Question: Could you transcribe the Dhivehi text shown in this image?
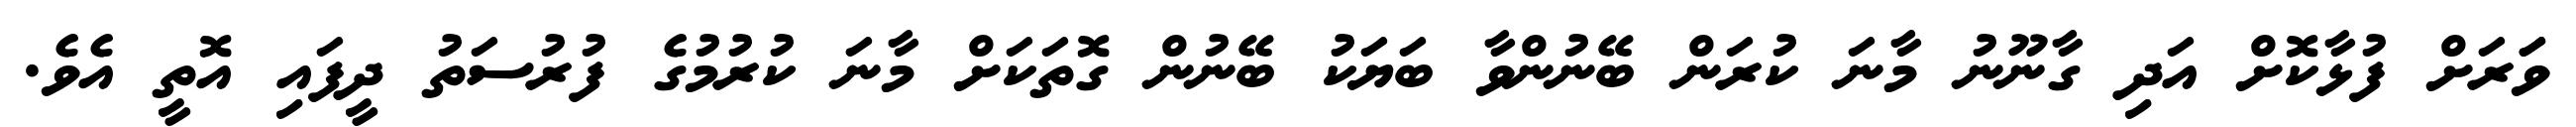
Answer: ވަަރަށް ފުޅާކޮށް އަދި ގާނޫނު މާނަ ކުރަން ބޭނުންވާ ބަޔަކު ބޭނުން ގޮތަކަށް މާނަ ކުރުމުގެ ފުރުސަތު ދީފައި އޮތީ އެވެ.